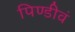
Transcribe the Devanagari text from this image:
पिण्डीवं